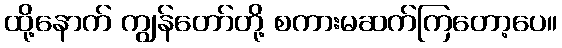
ထို့နောက် ကျွန်တော်တို့ စကားမဆက်ကြတော့ပေ။